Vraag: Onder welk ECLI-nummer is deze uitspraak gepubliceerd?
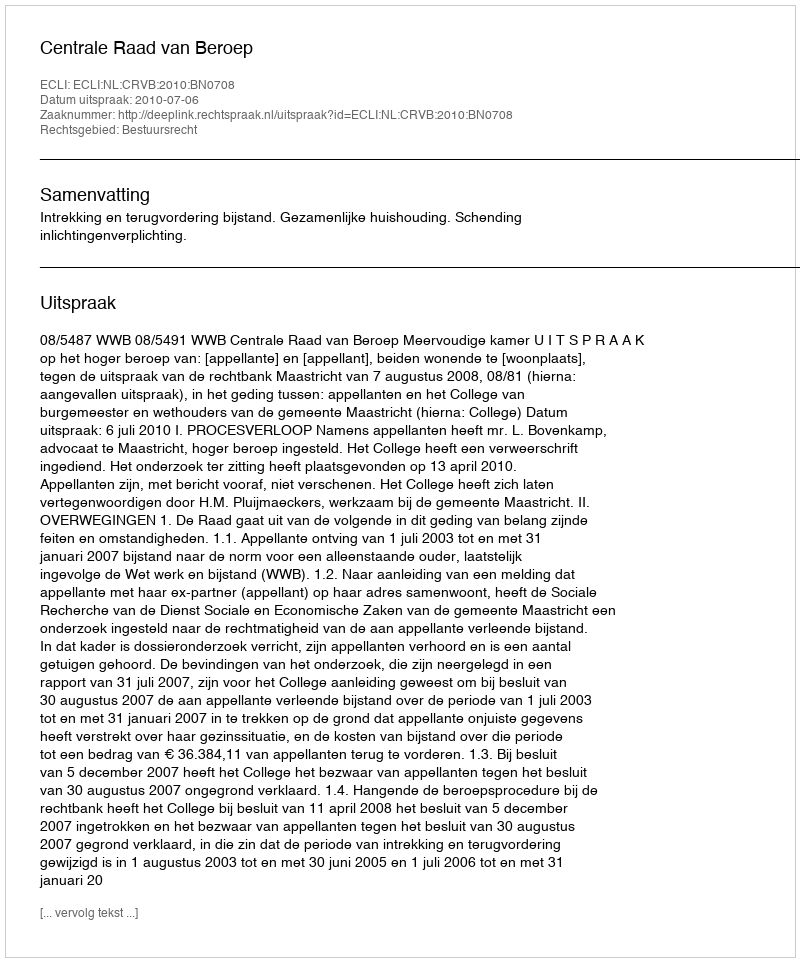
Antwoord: ECLI:NL:CRVB:2010:BN0708